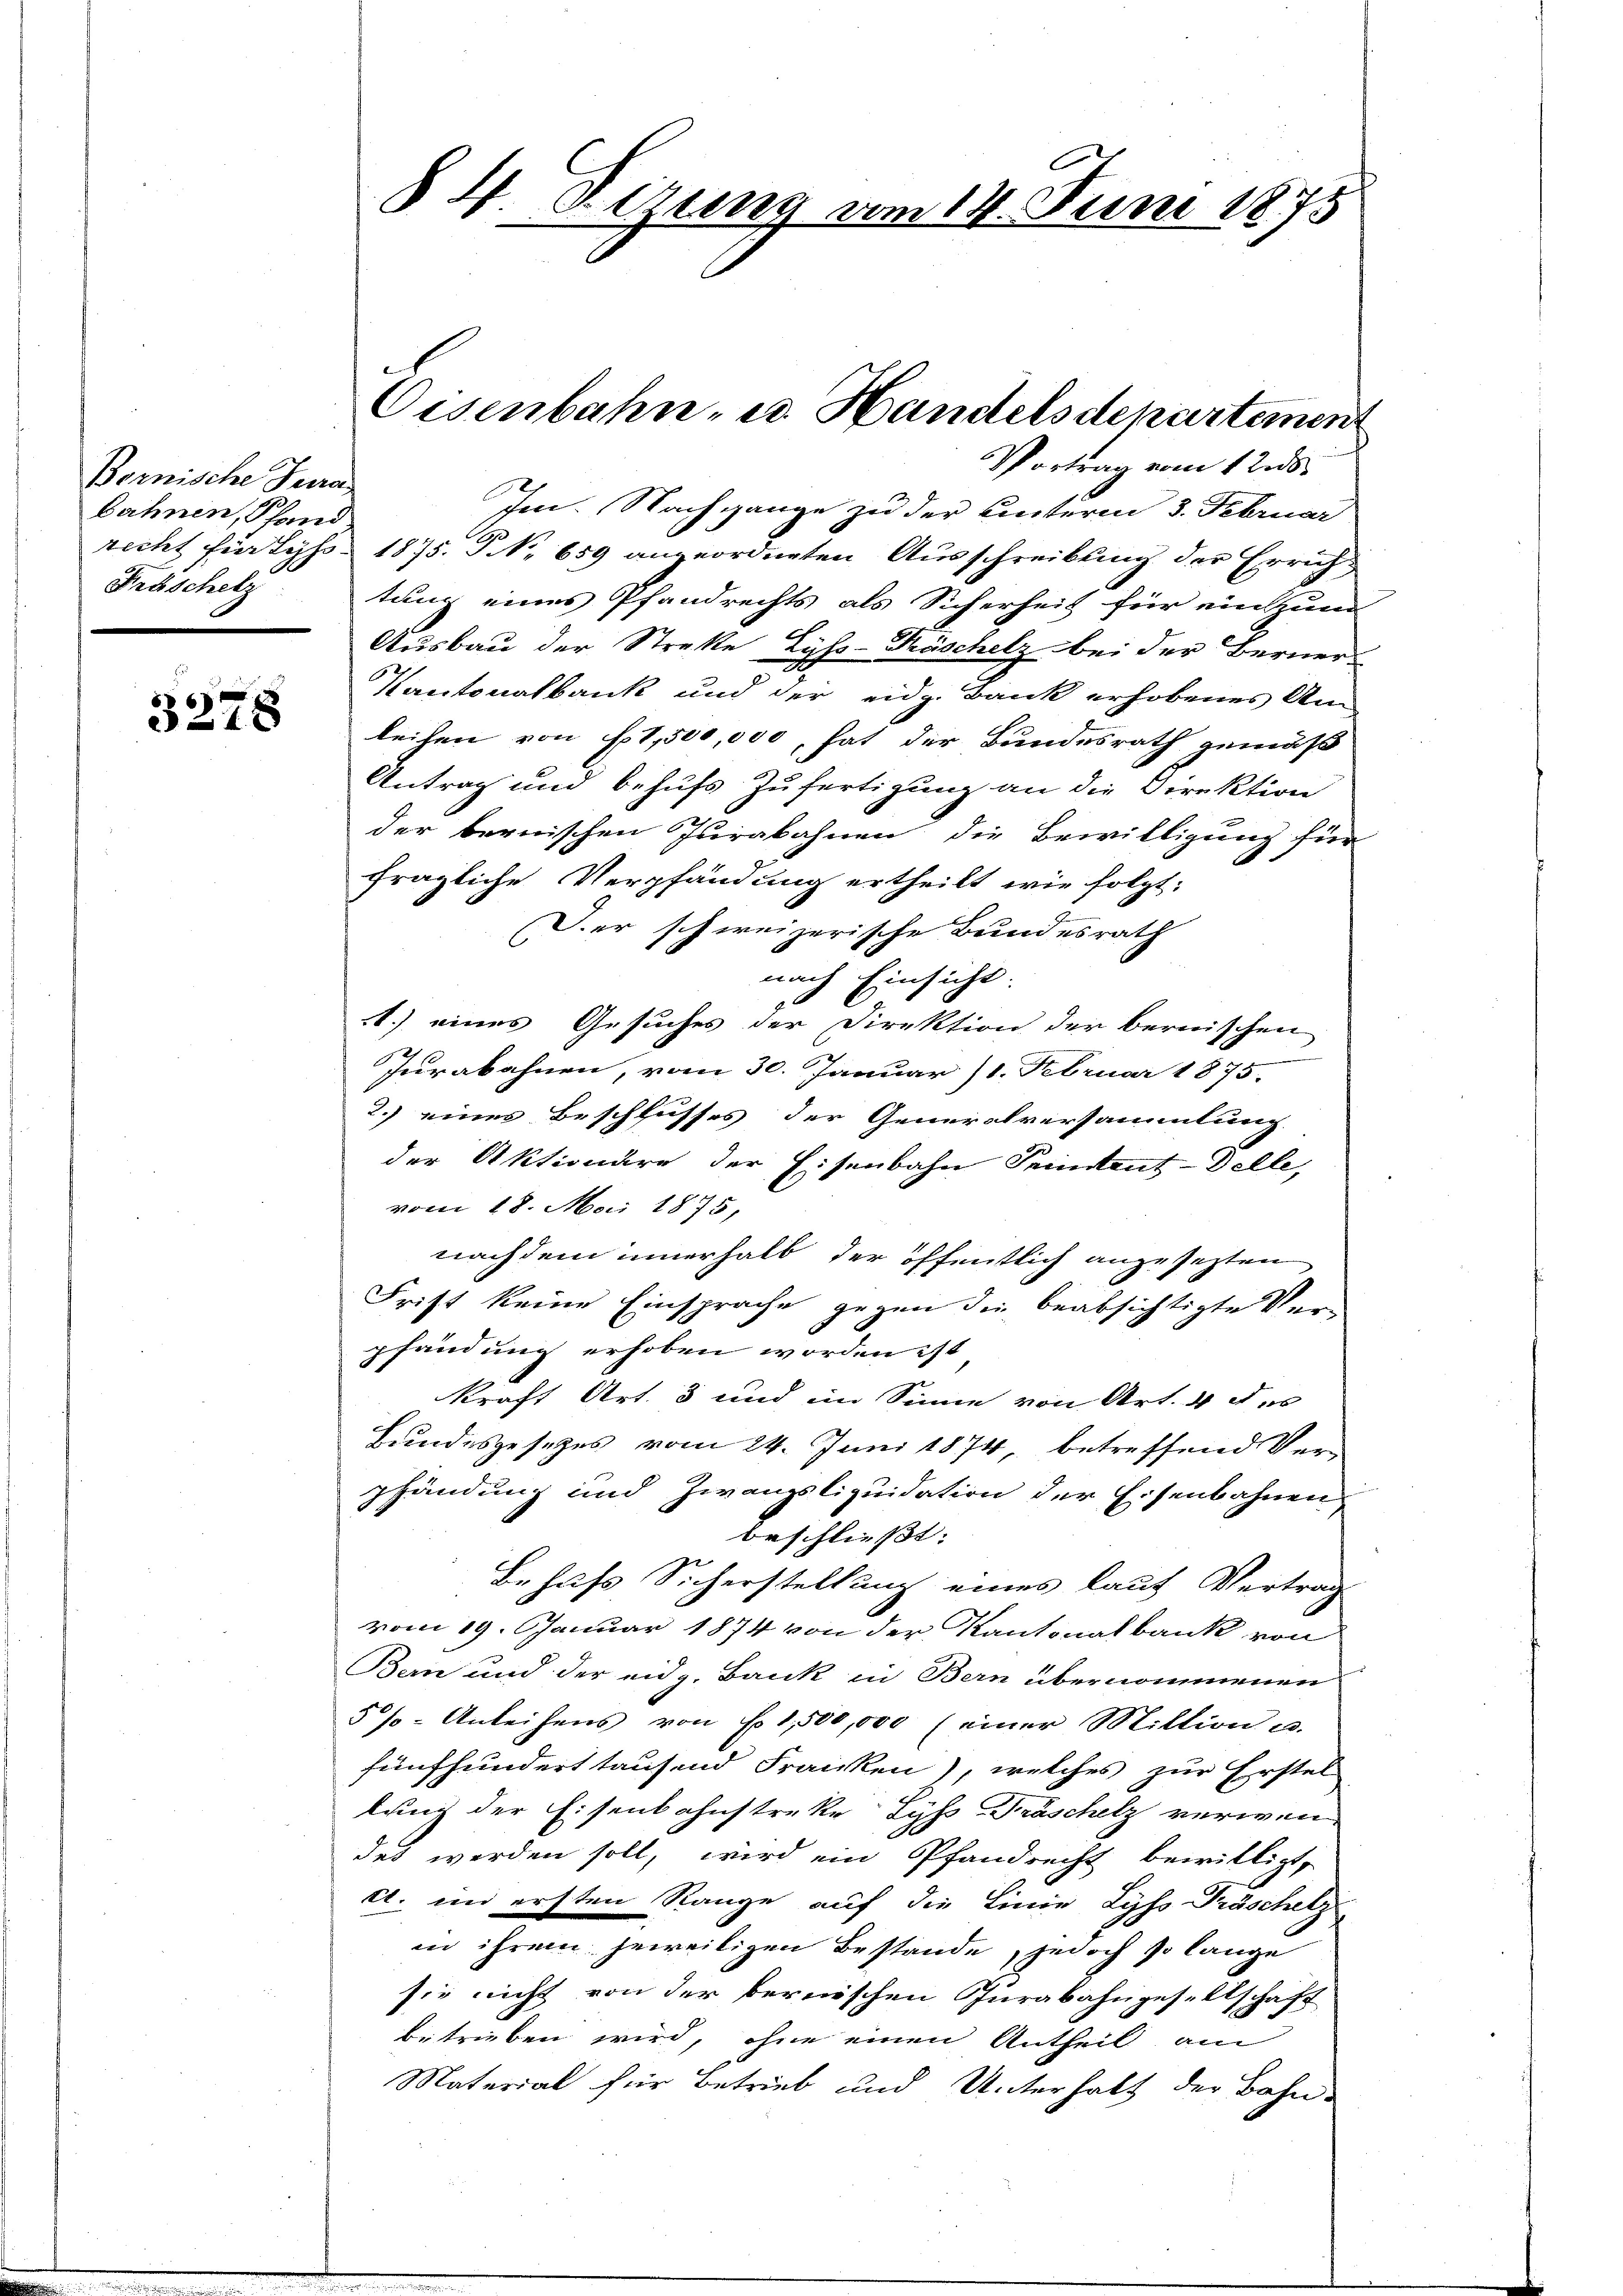
Bornische Jura
bahnen, Schand
Fröschelz

3278

Im. Nachgange zu der Einterm 3. Februar
recht für Lyss 1875. P NNo. 659 angeordneten Ausschreibung der Errichtung eines Pfandrechts als Sicherheit für einzum
Ausbau der Streke Lyss-Kräschelz bei der Berner-
Kantonalbank und der eidg. Bank erhobenes Am
leihen von f. 1,500,000, hat der Bundesrath gemäß
Antrag und behufs Zufertigung an die Direktion
der bernischen Jurakahnen die Bewilligung für
fragliche Verpfändung ertheilt wie folgt:
B
Der schweizerische Bundesrath
nach Einsicht.
1.) eines Gesuches der Direktion der bernischen
Jurabahnen, vom 30. Januar 11. Februar 1875.
2.) eines Beschlusses der Generalversammlung.
der Aktionäre der Eisenbahn Prentent-Delle,
vom 18. Mai 1875,
nachdem innerhalb der öffentlich anzusetzten
Frist keine Einsprache gegen die beabsichtigte Verpfändung erhoben worden ist
kraft Art. 3 und im Sinne von Art. 4 des
Bundesgesetzes vom 24. Juni 1874, betreffend Verpfändung und Zwangsliquidation der Eisenbahnen
beschließt:
Behufs Sicherstellung eines lauf Vertrag
vom 19. Januar 1874 von der Kantonalbank von
Bern und der eidg. Bank in Bern übernommenen
5%- Anleihens von Fr. 1,500,000 (einer Mittion u.
fünfhundert tausend Franken), welches zur Erstel
lung der Eisenbahnstreke Lyss Fräschelz verwen-
det werden soll, wird ein Pfandrecht bewilligt,
c. im ersten Range auf die Linie Lyss Käschetz
in ihrem jeweiligen Bestände, jedoch so lange
sie nicht von der bernischen Jurabahngesellschaft
betrieben wird, ohne einen Antheil am
Material für Betrieb und Unterhalt der Bahn-

§ 4. Rezung vom 14. Juni 1875

Eisenbahn- u. Handelsdepartemen
Vortrag vom 12. ds.